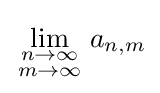
\lim _{\begin{smallmatrix}n\to \infty \\m\to \infty \end{smallmatrix}}a_{n,m}